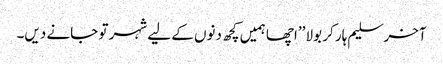
آخر سلیم ہار کر بولا ’’اچھا ہمیں کچھ دنوں کے لیے شہر تو جانے دیں۔